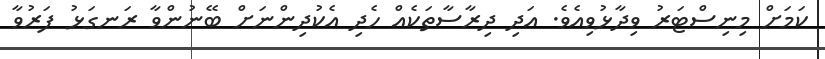
ކަމަށް މިނިސްޓަރު ވިދާޅުވިއެވެ. އަދި ދިރާސާތަކެއް ހެދި އެކުދިންނަށް ބޭނުންވާ ރަނގަޅު ފަރުވާ